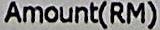
AMOUNT(RM)